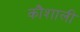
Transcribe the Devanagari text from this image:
कौशाली